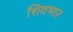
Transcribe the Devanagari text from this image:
शिवभार